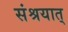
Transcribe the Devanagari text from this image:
संश्रयात्